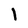
Character: 1